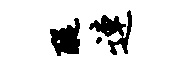
醍连